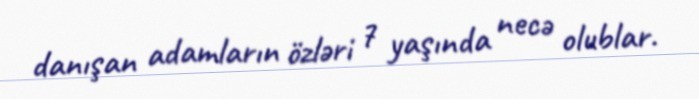
danışan adamların özləri 7 yaşında necə olublar.